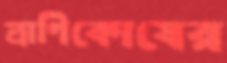
প্রাণিকোষের